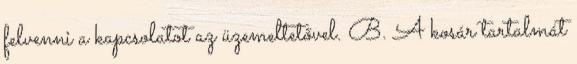
felvenni a kapcsolatot az üzemeltetővel. B. A kosár tartalmát